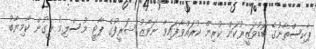
ޕާކިސްތާނުގެ ބޮޑުވަޒީރުކަން ކުރިން ކުރައްވާފައިވާ ނަވާޒު ޝަރީފުގެ ޕާޓީ މުސްލިމު ލީގުން ކާމިޔާބު